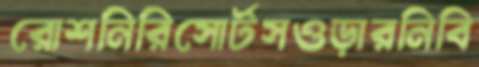
রোশনিরিসোর্টসওড়ারনিবি